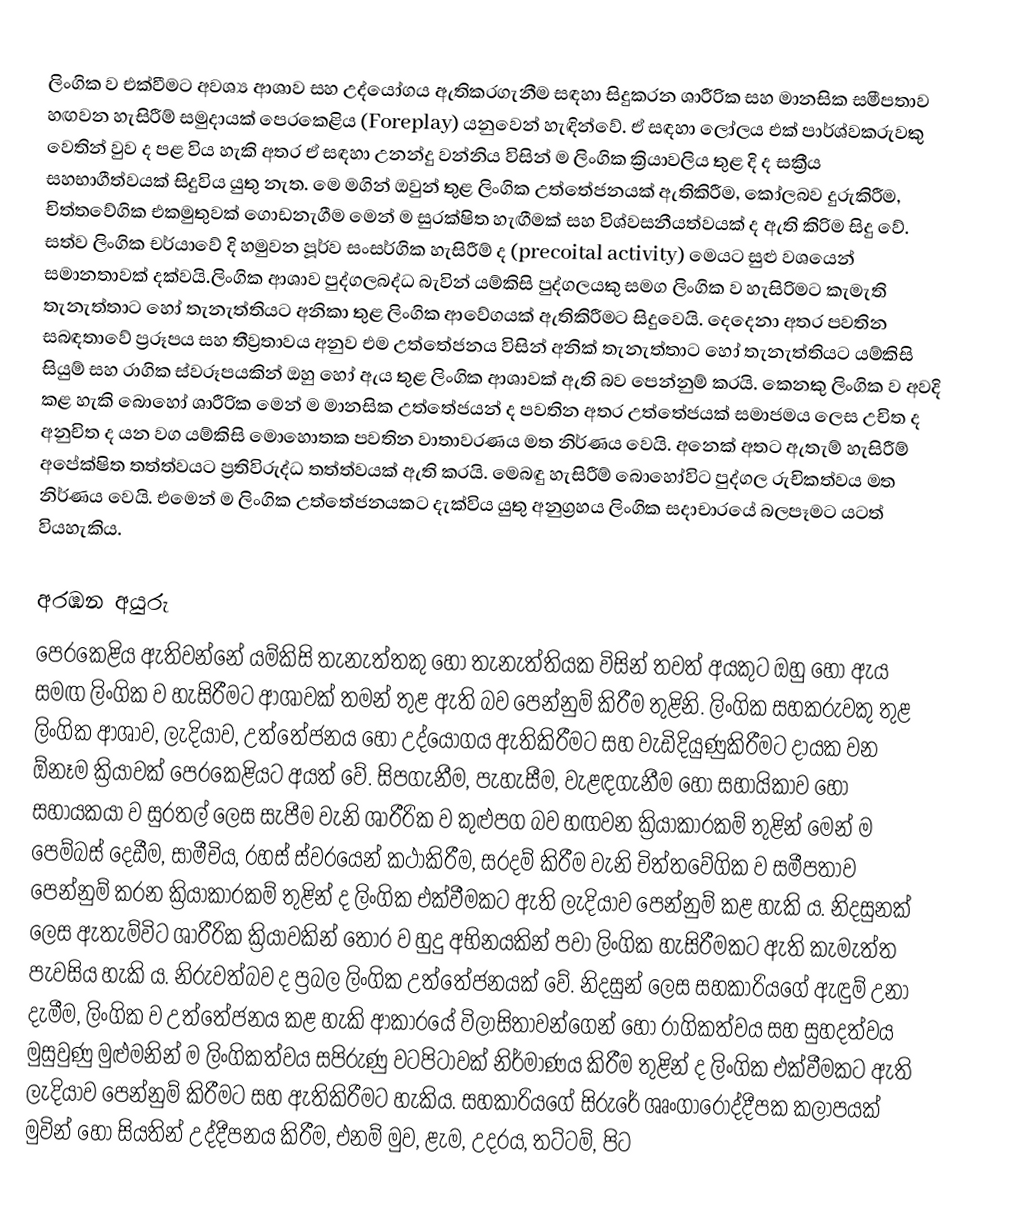
ලිංගික ව එක්වීමට අවශ්‍ය ආශාව සහ උද්යෝගය ඇතිකරගැනීම සඳහා සිදුකරන ශාරීරික සහ මානසික සමීපතාව හඟවන හැසිරීම් සමුදායක් පෙරකෙළිය (Foreplay) යනුවෙන් හැඳින්වේ.  ඒ සඳහා ලෝලය එක් පාර්ශ්වකරුවකු වෙතින් වුව ද පළ විය හැකි අතර ඒ සඳහා උනන්දු වන්නිය විසින් ම ලිංගික ක්‍රියාවලිය තුළ දි ද සක්‍රීය සහභාගීත්වයක් සිදුවිය යුතු නැත. මෙ මගින් ඔවුන් තුළ  ලිංගික උත්තේජනයක් ඇතිකිරීම, කෝලබව දුරුකිරීම, චිත්තවේගික එකමුතුවක් ගොඩනැගීම මෙන් ම සුරක්ෂිත හැඟීමක් සහ විශ්වසනීයත්වයක් ද ඇති කිරිම  සිදු වේ. සත්ව ලිංගික චර්යාවේ දි හමුවන පූර්ව සංසර්ගික හැසිරීම් ද (precoital activity) මෙයට සුළු වශයෙන් සමානතාවක් දක්වයි.ලිංගික ආශාව පුද්ගලබද්ධ බැවින් යම්කිසි පුද්ගලයකු සමග ලිංගික ව හැසිරිමට කැමැති තැනැත්තාට හෝ තැනැත්තියට අනිකා තුළ ලිංගික ආවේගයක් ඇතිකිරීමට සිදුවෙයි. දෙදෙනා අතර පවතින සබඳතාවේ ප්‍රරූපය සහ තීව්‍රතාවය අනුව එම උත්තේජනය විසින් අනික් තැනැත්තාට හෝ තැනැත්තියට යම්කිසි සියුම් සහ රාගික ස්වරූපයකින් ඔහු හෝ ඇය තුළ ලිංගික ආශාවක් ඇති බව පෙන්නුම් කරයි. කෙනකු ලිංගික ව අවදි කළ හැකි බොහෝ ශාරීරික මෙන් ම මානසික උත්තේජයන් ද පවතින අතර උත්තේජයක් සමාජමය ලෙස උචිත ද අනුචිත ද යන වග යම්කිසි මොහොතක පවතින වාතාවරණය මත නිර්ණය වෙයි. අනෙක් අතට ඇතැම් හැසිරීම් අපේක්ෂිත තත්ත්වයට ප්‍රතිවිරුද්ධ තත්ත්වයක් ඇති කරයි. මෙබඳු හැසිරීම් බොහෝවිට පුද්ගල රුචිකත්වය මත නිර්ණය වෙයි. එමෙන් ම ලිංගික උත්තේජනයකට දැක්විය යුතු අනුග්‍රහය ලිංගික සදාචාරයේ බලපෑමට යටත් වියහැකිය.

අරඹන අයුරු
පෙරකෙළිය ඇතිවන්නේ යම්කිසි තැනැත්තකු හෝ තැනැත්තියක විසින් තවත් අයකුට ඔහු හෝ ඇය සමඟ ලිංගික ව හැසිරීමට ආශාවක් තමන් තුළ ඇති බව පෙන්නුම් කිරීම තුළිනි. ලිංගික සහකරුවකු තුළ ලිංගික ආශාව, ලැදියාව, උත්තේජනය හෝ උද්යෝගය ඇතිකිරීමට සහ වැඩිදියුණුකිරීමට දායක වන ඕනෑම ක්‍රියාවක් පෙරකෙළියට අයත් වේ. සිපගැනීම, පැහැසීම, වැළඳගැනීම හෝ සහායිකාව හෝ සහායකයා ව සුරතල් ලෙස සැපීම වැනි ශාරීරික ව කුළුපග බව හඟවන ක්‍රියාකාරකම් තුළින් මෙන් ම පෙම්බස් දෙඩීම, සාමීචිය, රහස් ස්වරයෙන් කථාකිරීම, සරදම් කිරීම වැනි චිත්තවේගික ව සමීපතාව පෙන්නුම් කරන ක්‍රියාකාරකම් තුළින් ද ලිංගික එක්වීමකට ඇති ලැදියාව පෙන්නුම් කළ හැකි ය. නිදසුනක් ලෙස ඇතැම්විට ශාරීරික ක්‍රියාවකින් තොර ව හුදු අභිනයකින් පවා ලිංගික හැසිරීමකට ඇති කැමැත්ත පැවසිය හැකි ය. නිරුවත්බව ද ප්‍රබල ලිංගික උත්තේජනයක් වේ. නිදසුන් ලෙස සහකාරියගේ ඇඳුම් උනා දැමීම, ලිංගික ව උත්තේජනය කළ හැකි ආකාරයේ විලාසිතාවන්ගෙන් හෝ රාගිකත්වය සහ සුහදත්වය මුසුවුණු මුළුමනින් ම ලිංගිකත්වය සපිරුණු වටපිටාවක් නිර්මාණය කිරීම තුළින් ද ලිංගික එක්වීමකට ඇති ලැදියාව පෙන්නුම් කිරීමට සහ ඇතිකිරීමට හැකිය. සහකාරියගේ සිරුරේ ශෘංගාරෝද්දීපක කලාපයක් මුවින් හෝ සියතින් උද්දීපනය කිරීම, එනම් මුව, ළැම, උදරය, තට්ටම්, පිට